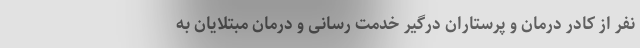
نفر از کادر درمان و پرستاران درگیر خدمت رسانی و درمان مبتلایان به